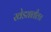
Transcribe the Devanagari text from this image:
खेड्यातीलच